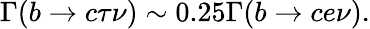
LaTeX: \Gamma(b\rightarrow c\tau\nu)\sim 0.25\Gamma(b\rightarrow ce\nu).